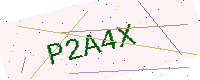
Text: P2A4X